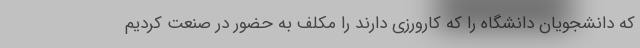
که دانشجویان دانشگاه را که کارورزی دارند را مکلف به حضور در صنعت کردیم